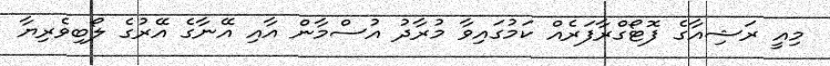
މިއީ ރަޝިއާގެ ފޮޓޯގްރާފަރެއް ކަމުގައިވާ މުރާދު އުސްމާން އާއި އޭނާގެ އޭރުގެ ލޯބިވެރިޔާ